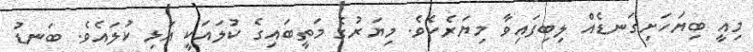
މިއީ ބިޔަހަށިގަނޑެއް ލިބިފައިވާ މިޔަރެކެވެ. މިޔަރުގެ މަތީބައިގެ ކުލައަކީ އަޅި ކުލައެވެ. ބަނޑު